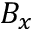
B _ { x }